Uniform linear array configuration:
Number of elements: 32
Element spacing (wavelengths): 0.75
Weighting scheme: hamming
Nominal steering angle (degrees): -60
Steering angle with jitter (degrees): -59.4
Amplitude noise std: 0.05
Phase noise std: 0.05

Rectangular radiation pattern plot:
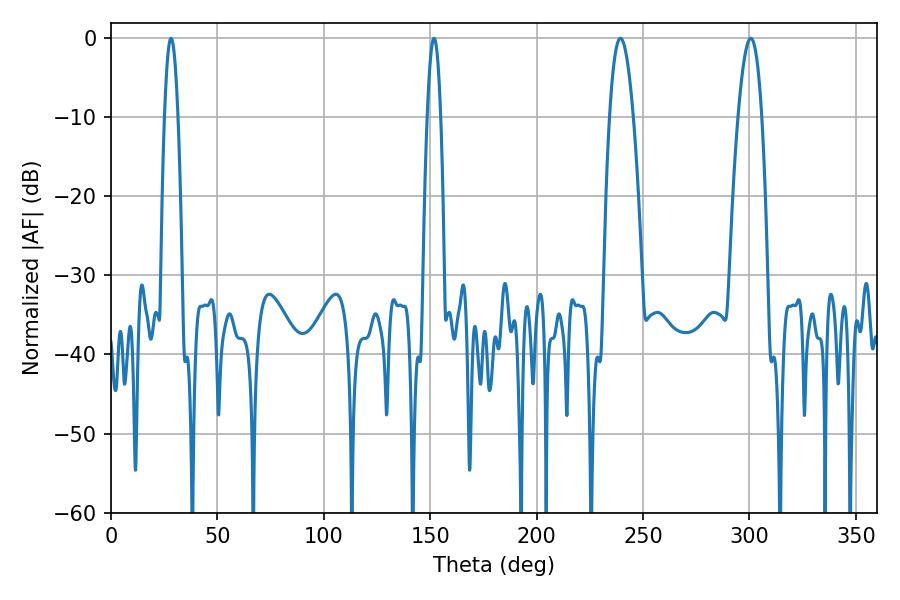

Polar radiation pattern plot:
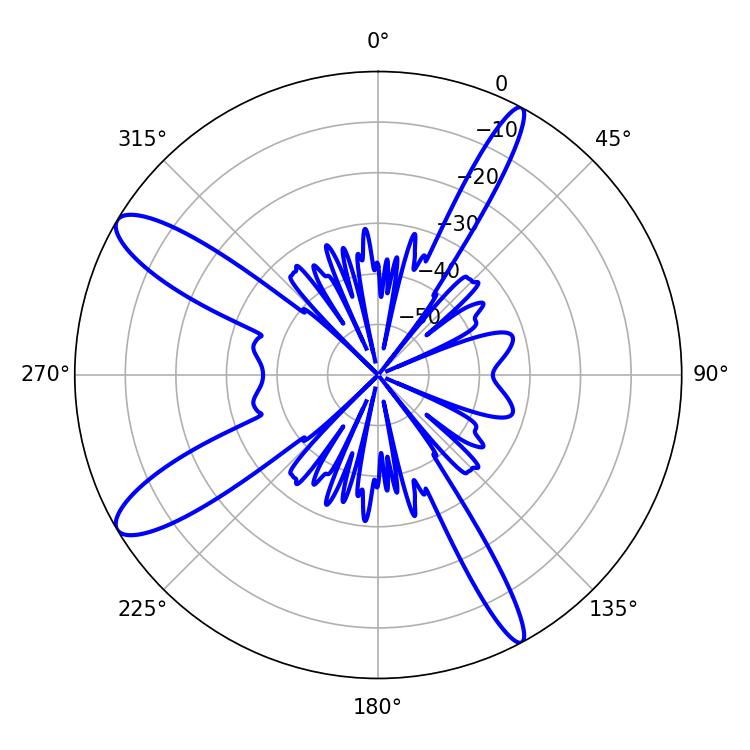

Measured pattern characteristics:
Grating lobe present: TRUE
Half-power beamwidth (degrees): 6.12
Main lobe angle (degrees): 300.6